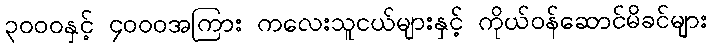
၃၀၀၀နှင့် ၄၀၀၀အကြား ကလေးသူငယ်များနှင့် ကိုယ်ဝန်ဆောင်မိခင်များ